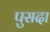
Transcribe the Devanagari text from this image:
पुसदा